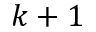
k + 1